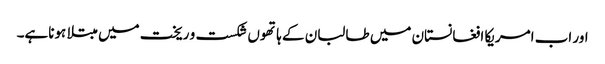
اور اب امریکا افغانستان میں طالبان کے ہاتھوں شکست و ریخت میں مبتلا ہوناہے۔